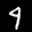
Label: 4